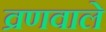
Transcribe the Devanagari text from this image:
व्रणवाले